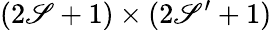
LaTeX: (2\mathscr{S}+1)\times(2\mathscr{S}^{\prime}+1)